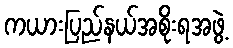
ကယားပြည်နယ်အစိုးရအဖွဲ့